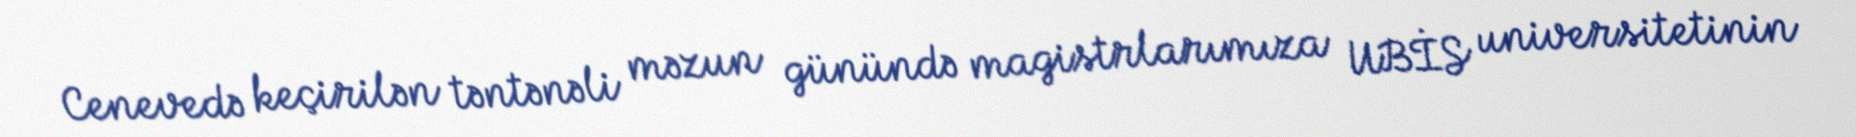
Cenevedə keçirilən təntənəli məzun günündə magistrlarımıza UBİS universitetinin